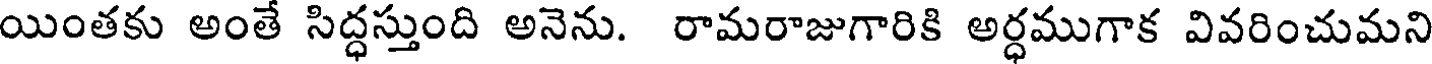
యింతకు అంతే సిద్ధస్తుంది అనెను. రామరాజుగారికి అర్ధముగాక వివరించుమని